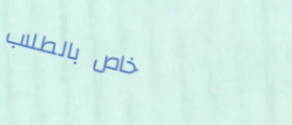
خاص بالطلاب